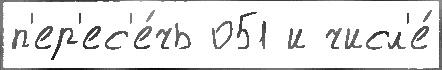
п'ер'ес'е́чь 051 и числ'е́